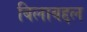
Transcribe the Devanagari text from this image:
बिलाबद्दल